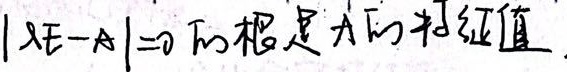
\(\vert\lambda E - A\vert = 0\) 的根是 \(A\) 的特征值